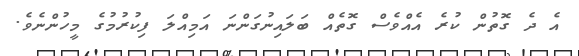
އެ ދެ ގޮތުން ކުރެ އެއްވެސް ގޮތެއް ބަލައިނުގަންނަ އަމިއްލަ ފިކުރުމުގެ މީހުންނެވެ.